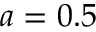
a = 0 . 5